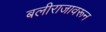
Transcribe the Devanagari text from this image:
बलीराजावरून